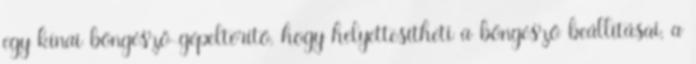
egy kínai böngésző-gépeltérítő, hogy helyettesítheti a böngésző beállításai, a